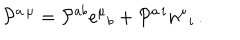
{ \cal P } ^ { a \, \mu } = { \cal P } ^ { a b } e ^ { \mu } { } _ { b } + { \cal P } ^ { a \, i } n ^ { \mu } { } _ { i } \, .